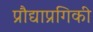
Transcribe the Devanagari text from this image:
प्रौद्याप्रगिकी